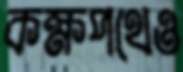
কক্ষপথেও